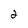
Character: 2